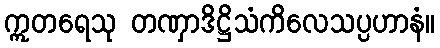
ဣတရေသု တဏှာဒိဋ္ဌိသံကိလေသပ္ပဟာနံ။